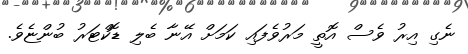
ނެގި އިރު ވެސް އޮތީ މަރުވެފައި ކަމަށް އޭނާ ބެލި ޑޮކްޓަރު ބުންޏެވެ.